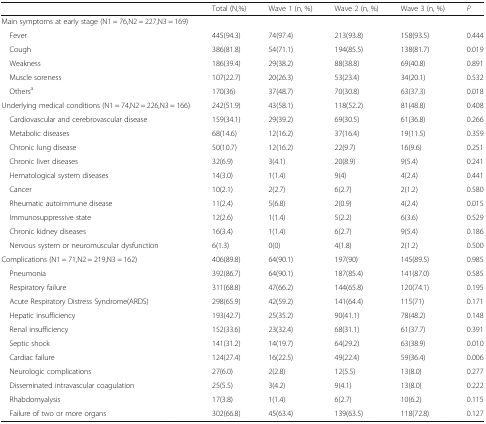
<table><thead><tr><td></td><td><b>Total (N,%)</b></td><td><b>Wave 1 (n, %)</b></td><td><b>Wave 2 (n, %)</b></td><td><b>Wave 3 (n, %)</b></td><td><b><i>P</i></b></td></tr></thead><tbody><tr><td colspan="6">Main symptoms at early stage (N1 = 76,N2 = 227,N3 = 169)</td></tr><tr><td> Fever</td><td>445(94.3)</td><td>74(97.4)</td><td>213(93.8)</td><td>158(93.5)</td><td>0.444</td></tr><tr><td> Cough</td><td>386(81.8)</td><td>54(71.1)</td><td>194(85.5)</td><td>138(81.7)</td><td>0.019</td></tr><tr><td> Weakness</td><td>186(39.4)</td><td>29(38.2)</td><td>88(38.8)</td><td>69(40.8)</td><td>0.891</td></tr><tr><td> Muscle soreness</td><td>107(22.7)</td><td>20(26.3)</td><td>53(23.4)</td><td>34(20.1)</td><td>0.532</td></tr><tr><td> Others<sup>a</sup></td><td>170(36)</td><td>37(48.7)</td><td>70(30.8)</td><td>63(37.3)</td><td>0.018</td></tr><tr><td>Underlying medical conditions (N1 = 74,N2 = 226,N3 = 166)</td><td>242(51.9)</td><td>43(58.1)</td><td>118(52.2)</td><td>81(48.8)</td><td>0.408</td></tr><tr><td> Cardiovascular and cerebrovascular disease</td><td>159(34.1)</td><td>29(39.2)</td><td>69(30.5)</td><td>61(36.8)</td><td>0.266</td></tr><tr><td> Metabolic diseases</td><td>68(14.6)</td><td>12(16.2)</td><td>37(16.4)</td><td>19(11.5)</td><td>0.359</td></tr><tr><td> Chronic lung disease</td><td>50(10.7)</td><td>12(16.2)</td><td>22(9.7)</td><td>16(9.6)</td><td>0.251</td></tr><tr><td> Chronic liver diseases</td><td>32(6.9)</td><td>3(4.1)</td><td>20(8.9)</td><td>9(5.4)</td><td>0.241</td></tr><tr><td> Hematological system diseases</td><td>14(3.0)</td><td>1(1.4)</td><td>9(4)</td><td>4(2.4)</td><td>0.441</td></tr><tr><td> Cancer</td><td>10(2.1)</td><td>2(2.7)</td><td>6(2.7)</td><td>2(1.2)</td><td>0.580</td></tr><tr><td> Rheumatic autoimmune disease</td><td>11(2.4)</td><td>5(6.8)</td><td>2(0.9)</td><td>4(2.4)</td><td>0.015</td></tr><tr><td> Immunosuppressive state</td><td>12(2.6)</td><td>1(1.4)</td><td>5(2.2)</td><td>6(3.6)</td><td>0.529</td></tr><tr><td> Chronic kidney diseases</td><td>16(3.4)</td><td>1(1.4)</td><td>6(2.7)</td><td>9(5.4)</td><td>0.186</td></tr><tr><td> Nervous system or neuromuscular dysfunction</td><td>6(1.3)</td><td>0(0)</td><td>4(1.8)</td><td>2(1.2)</td><td>0.500</td></tr><tr><td>Complications (N1 = 71,N2 = 219,N3 = 162)</td><td>406(89.8)</td><td>64(90.1)</td><td>197(90)</td><td>145(89.5)</td><td>0.985</td></tr><tr><td> Pneumonia</td><td>392(86.7)</td><td>64(90.1)</td><td>187(85.4)</td><td>141(87.0)</td><td>0.585</td></tr><tr><td> Respiratory failure</td><td>311(68.8)</td><td>47(66.2)</td><td>144(65.8)</td><td>120(74.1)</td><td>0.195</td></tr><tr><td> Acute Respiratory Distress Syndrome(ARDS)</td><td>298(65.9)</td><td>42(59.2)</td><td>141(64.4)</td><td>115(71)</td><td>0.171</td></tr><tr><td> Hepatic insufficiency</td><td>193(42.7)</td><td>25(35.2)</td><td>90(41.1)</td><td>78(48.2)</td><td>0.148</td></tr><tr><td> Renal insufficiency</td><td>152(33.6)</td><td>23(32.4)</td><td>68(31.1)</td><td>61(37.7)</td><td>0.391</td></tr><tr><td> Septic shock</td><td>141(31.2)</td><td>14(19.7)</td><td>64(29.2)</td><td>63(38.9)</td><td>0.010</td></tr><tr><td> Cardiac failure</td><td>124(27.4)</td><td>16(22.5)</td><td>49(22.4)</td><td>59(36.4)</td><td>0.006</td></tr><tr><td> Neurologic complications</td><td>27(6.0)</td><td>2(2.8)</td><td>12(5.5)</td><td>13(8.0)</td><td>0.277</td></tr><tr><td> Disseminated intravascular coagulation</td><td>25(5.5)</td><td>3(4.2)</td><td>9(4.1)</td><td>13(8.0)</td><td>0.222</td></tr><tr><td> Rhabdomyalysis</td><td>17(3.8)</td><td>1(1.4)</td><td>6(2.7)</td><td>10(6.2)</td><td>0.115</td></tr><tr><td> Failure of two or more organs</td><td>302(66.8)</td><td>45(63.4)</td><td>139(63.5)</td><td>118(72.8)</td><td>0.127</td></tr></tbody></table>